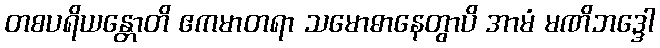
တစပရိယန္တောတိ ဧကမာတရာ သမောဓာနေတွာပိ အာမံ မဏိဘဒ္ဒေါ